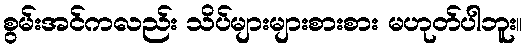
စွမ်းအင်ကလည်း သိပ်များများစားစား မဟုတ်ပါဘူး။